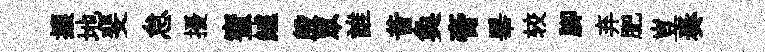
攘地斐怠擾蜜鱸殷眾誰昔奐膏畢较腳弃肥豈奏